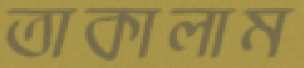
তাকালাম